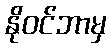
နိုဝင်ဘာမှ